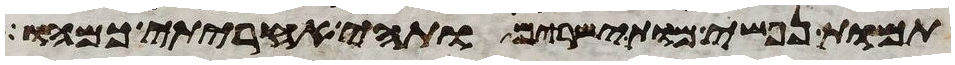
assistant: תמות נפשי מות ישירים ותהי אחריתי כמהו